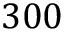
3 0 0